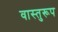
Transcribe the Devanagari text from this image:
वास्तुरूप